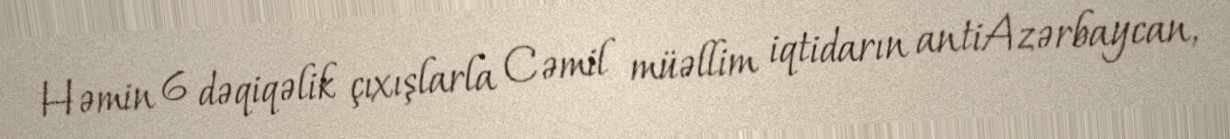
Həmin 6 dəqiqəlik çıxışlarla Cəmil müəllim iqtidarın antiAzərbaycan,